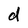
Character: d